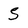
Character: 5